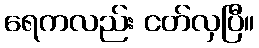
ရေကလည်း ငတ်လှပြီ။